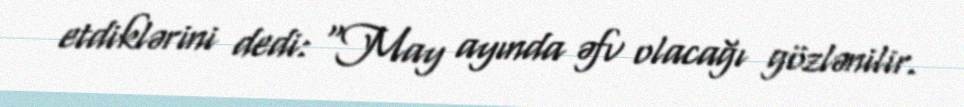
etdiklərini dedi: “May ayında əfv olacağı gözlənilir.